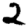
Digit: 2